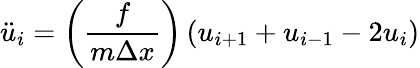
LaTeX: {\ddot{u}}_{i}=\left({\frac{f}{m\Delta x}}\right)\left(u_{i+1}+u_{i-1}-2u_{i}\right)